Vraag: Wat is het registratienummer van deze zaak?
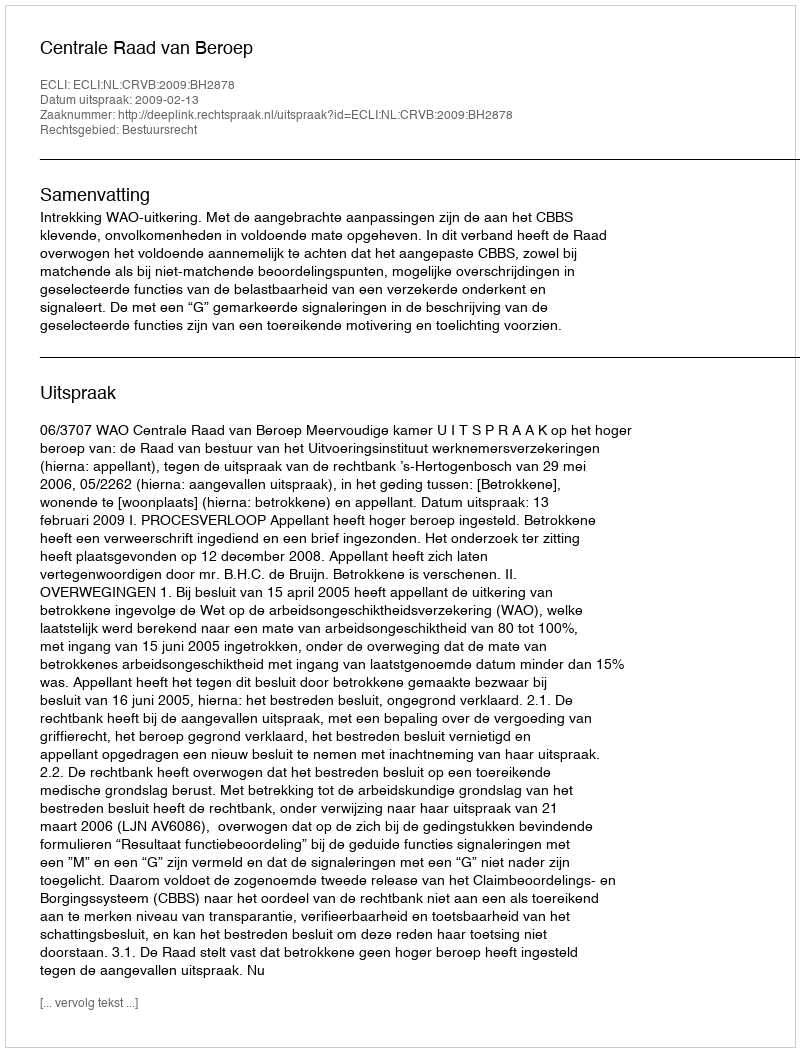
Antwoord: http://deeplink.rechtspraak.nl/uitspraak?id=ECLI:NL:CRVB:2009:BH2878